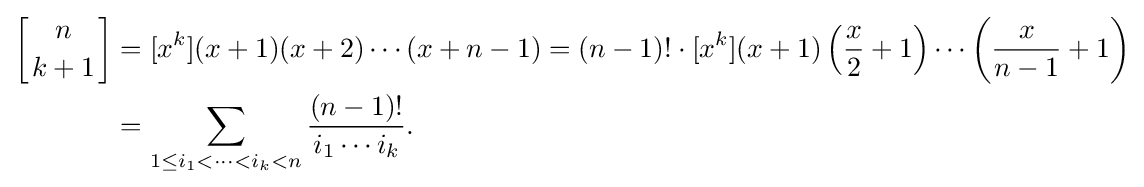
{\begin{aligned}\left[{n \atop k+1}\right]&=[x^{k}](x+1)(x+2)\cdots (x+n-1)=(n-1)!\cdot [x^{k}](x+1)\left({\frac {x}{2}}+1\right)\cdots \left({\frac {x}{n-1}}+1\right)\\&=\sum _{1\leq i_{1}<\cdots <i_{k}<n}{\frac {(n-1)!}{i_{1}\cdots i_{k}}}.\end{aligned}}